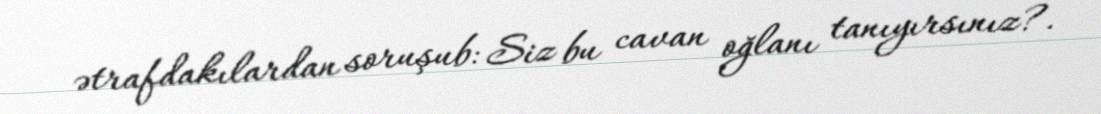
ətrafdakılardan soruşub: Siz bu cavan oğlanı tanıyırsınız?.